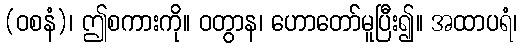
(ဝစနံ)၊ ဤစကားကို။ ဝတွာန၊ ဟောတော်မူပြီး၍။ အထာပရံ၊